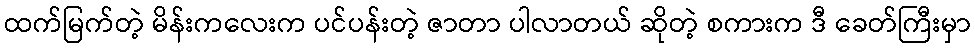
ထက်မြက်တဲ့ မိန်းကလေးက ပင်ပန်းတဲ့ ဇာတာ ပါလာတယ် ဆိုတဲ့ စကားက ဒီ ခေတ်ကြီးမှာ